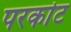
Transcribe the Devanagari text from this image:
परकाेट